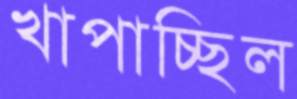
খাপাচ্ছিল